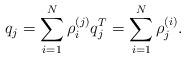
LaTeX: \begin{align*}q_j=\sum_{i=1}^{N}\rho_i^{(j)} q_j^T=\sum_{i=1}^{N}\rho_j^{(i)}.\end{align*}